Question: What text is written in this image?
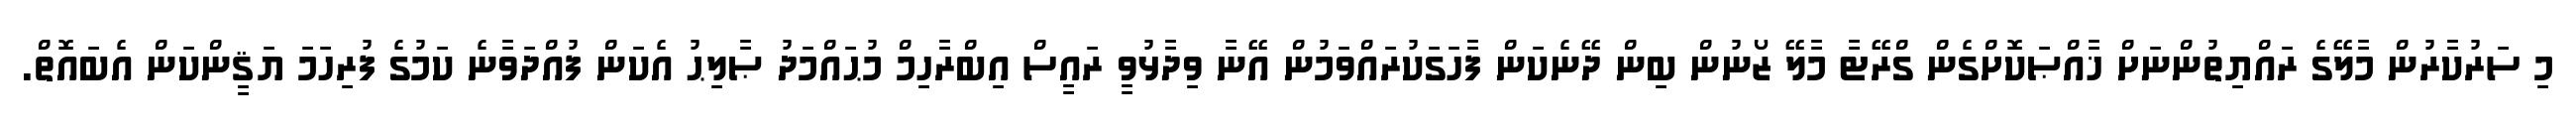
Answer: މި ސަރުކާރުން މާލޭގެ ރައްޔިތުންނަށް ޚާއްޞަކޮށްގެން ގްރޭޓާ މާލޭ ޒޯނުން ބިން ދޭނެކަން ފާހަގަކުރައްވަމުން އޭނާ ވިދާޅުވީ ރައީސް އިބްރާހިމް މުޙައްމަދު ޞާލިޙު އެކަން ފުއްދަވާނެ ކަމުގެ ފުރިހަމަ ޔަޤީންކަން އެބައޮތް.